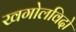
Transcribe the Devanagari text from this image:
खगोलविदो